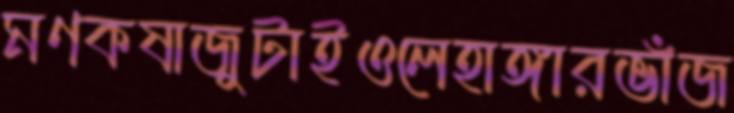
মণকষাজুটাইওলেহাঙ্গারভাঁজ